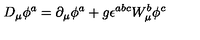
D _ { \mu } \phi ^ { a } = \partial _ { \mu } \phi ^ { a } + g \epsilon ^ { a b c } W _ { \mu } ^ { b } \phi ^ { c }